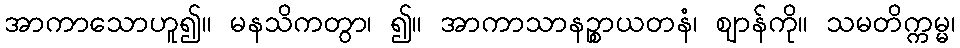
အာကာသောဟူ၍။ မနသိကတွာ၊ ၍။ အာကာသာနဉ္စာယတနံ၊ ဈာန်ကို။ သမတိက္ကမ္မ၊